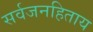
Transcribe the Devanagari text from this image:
सर्वजनहिताय